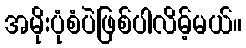
အမိုးပုံစံပဲဖြစ်ပါလိမ့်မယ်။